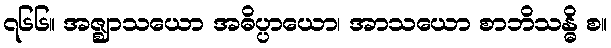
၇၆၆။ အဇ္ဈာသယော အဓိပ္ပာယော၊ အာသယော စာဘိသန္ဓိ စ။